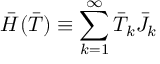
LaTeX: \bar { H } ( \bar { T } ) \equiv \sum _ { k = 1 } ^ { \infty } \bar { T } _ { k } \bar { J } _ { k }